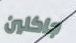
جاكلين